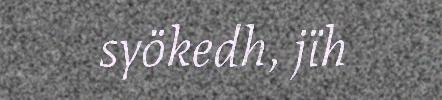
syökedh, jïh